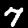
Label: 7